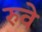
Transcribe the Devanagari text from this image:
रुवे